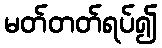
မတ်တတ်ရပ်၍